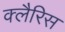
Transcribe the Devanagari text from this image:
क्लैरिस